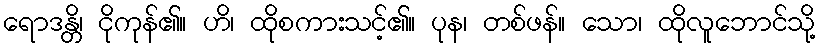
ရောဒန္တိ၊ ငိုကုန်၏။ ဟိ၊ ထိုစကားသင့်၏။ ပုန၊ တစ်ဖန်။ သော၊ ထိုလူဘောင်သို့